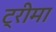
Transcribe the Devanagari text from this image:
ट्रीमा